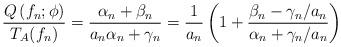
LaTeX: \begin{align*}\frac{Q\left(f_{n};\phi\right)}{T_{A}(f_{n})}=\frac{\alpha_{n}+\beta_{n}}{a_{n}\alpha_{n}+\gamma_{n}}=\frac{1}{a_{n}}\left(1+\frac{\beta_{n}-\gamma_{n}/a_{n}}{\alpha_{n}+\gamma_{n}/a_{n}}\right)\end{align*}